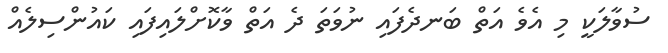
ސުވާލަކީ މި އެވެ އަތް ބަނދެފައި ނުވަތަ ދެ އަތް ވާކޮށްލައިފައި ކައުންސިލެއް